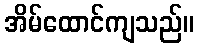
အိမ်ထောင်ကျသည်။